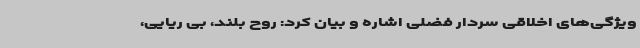
ویژگی‌های اخلاقی سردار فضلی اشاره و بیان کرد: روح بلند، بی ریایی،